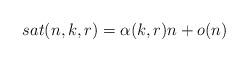
LaTeX: \begin{align*}sat(n,k,r) = \alpha(k,r)n + o(n)\end{align*}